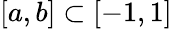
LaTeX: [a,b]\subset[-1,1]